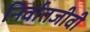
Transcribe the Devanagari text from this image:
निर्वातजीवी